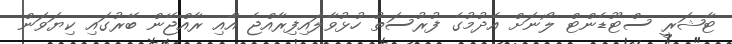
ޓާޝަރީ ސްޓޫޑެންޓް ލޯނަށް އެދުމުގެ ފުރުސަތު ހުޅުވާލައިފިރާއްޖެ އާއި ރާއްޖޭން ބޭރުގައި ކިޔަވަން